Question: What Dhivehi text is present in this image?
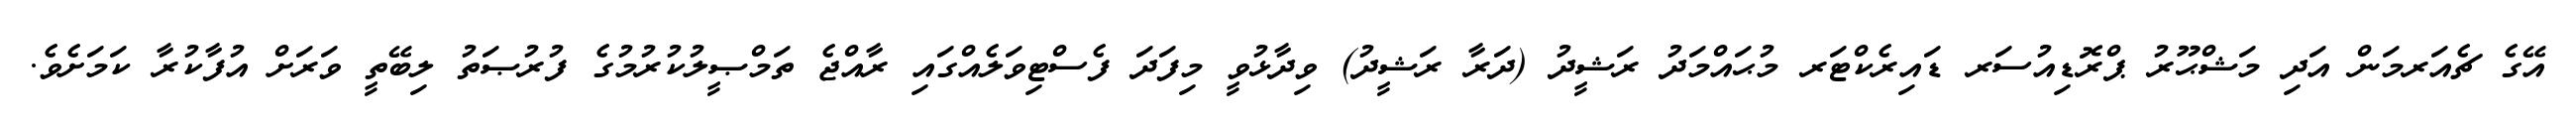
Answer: އޭގެ ޗެއަރމަން އަދި މަޝްޙޫރު ޕްރޮޑިއުސަރ ޑައިރެކްޓަރ މުޙައްމަދު ރަޝީދު (ދަރާ ރަޝީދު) ވިދާޅުވީ މިފަދަ ފެސްޓިވަލެއްގައި ރާއްޖެ ތަމްޞީލުކުރުމުގެ ފުރުޞަތު ލިބޭތީ ވަރަށް އުފާކުރާ ކަމަށެވެ.